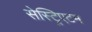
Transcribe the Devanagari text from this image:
सेस्ट्रिएटम